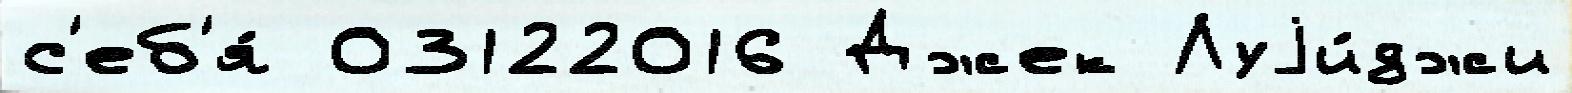
с'еб'я́ 03122016 Джек Луjи́джи